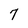
Character: 7